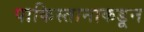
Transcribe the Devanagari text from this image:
पाकिस्तानाकडून